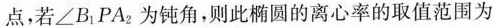
点，若∠B_{1}PA_{2}为钝角，则此椭圆的离心率的取值范围为